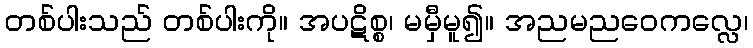
တစ်ပါးသည် တစ်ပါးကို။ အပဋိစ္စ၊ မမှီမူ၍။ အညမညဝေကလ္လေ၊